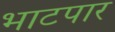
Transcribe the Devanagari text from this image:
भाटपार